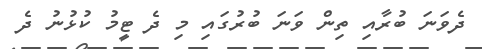
ދެވަނަ ބުރާއި ތިން ވަނަ ބުރުގައި މި ދެ ޓީމު ކުޅުނު ދެ